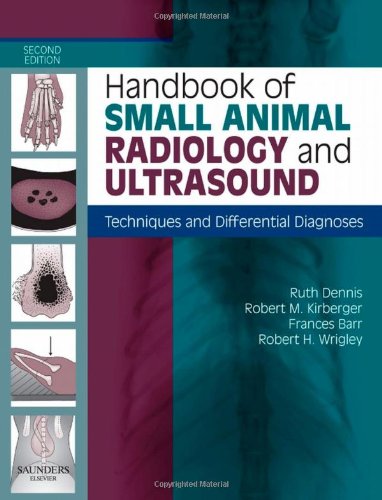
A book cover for Handbook of Small Animal Radiology and Ultrasound: Techniques and Differential Diagnoses, 2e; Ruth Dennis MA  VctMB  DVR  DipECVDI  MRCVS; Medical Books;